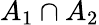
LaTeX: A_{1}\cap A_{2}